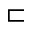
\sqsubset